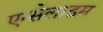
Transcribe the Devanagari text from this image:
एन्सेलाडस